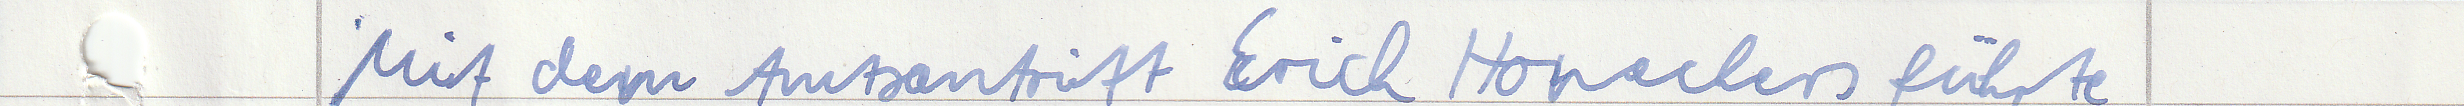
Mit dem Amtsantritt Erich Honeckers führte